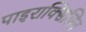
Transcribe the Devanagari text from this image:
पाइराक्सिलिन